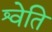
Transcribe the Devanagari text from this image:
श्वेति